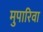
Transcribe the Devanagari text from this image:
मुपारिवा